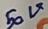
Text: 50V